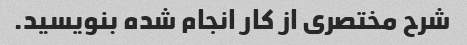
شرح مختصری از کار انجام شده بنویسید.